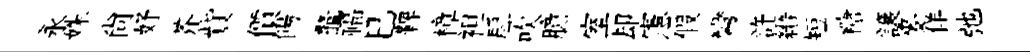
永姝尙妤芥貲價餳鼇福巳鞞樟袒戽吹臆室却憲假彎許縉短糖譲麥佯弛